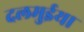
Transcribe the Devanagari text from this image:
दलमुईया